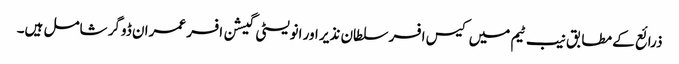
ذرائع کے مطابق نیب ٹیم میں کیس افسر سلطان نذیر اور انویسٹی گیشن افسر عمران ڈوگر شامل ہیں۔